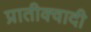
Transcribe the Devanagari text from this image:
प्रातीक्वादी